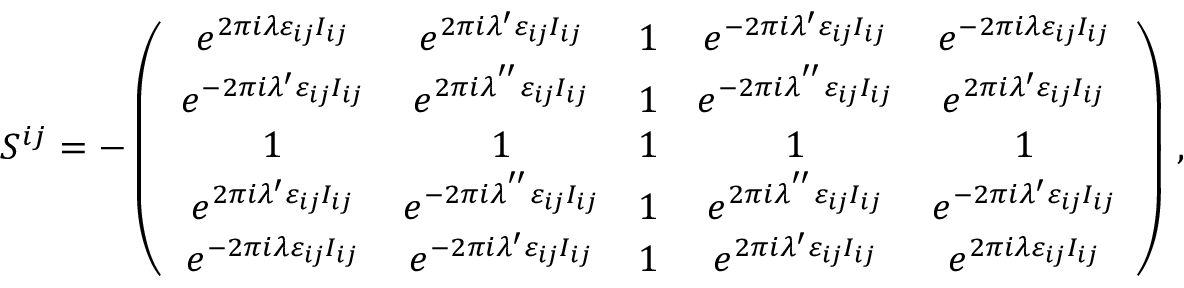
S ^ { i j } = - \left( \begin{array} { c c c c c } { { e ^ { 2 \pi i \lambda \varepsilon _ { i j } I _ { i j } } } } & { { e ^ { 2 \pi i \lambda ^ { \prime } \varepsilon _ { i j } I _ { i j } } } } & { { 1 } } & { { e ^ { - 2 \pi i \lambda ^ { \prime } \varepsilon _ { i j } I _ { i j } } } } & { { e ^ { - 2 \pi i \lambda \varepsilon _ { i j } I _ { i j } } } } \\ { { e ^ { - 2 \pi i \lambda ^ { \prime } \varepsilon _ { i j } I _ { i j } } } } & { { e ^ { 2 \pi i \lambda ^ { ^ { \prime \prime } } \varepsilon _ { i j } I _ { i j } } } } & { { 1 } } & { { e ^ { - 2 \pi i \lambda ^ { ^ { \prime \prime } } \varepsilon _ { i j } I _ { i j } } } } & { { e ^ { 2 \pi i \lambda ^ { \prime } \varepsilon _ { i j } I _ { i j } } } } \\ { { 1 } } & { { 1 } } & { { 1 } } & { { 1 } } & { { 1 } } \\ { { e ^ { 2 \pi i \lambda ^ { \prime } \varepsilon _ { i j } I _ { i j } } } } & { { e ^ { - 2 \pi i \lambda ^ { ^ { \prime \prime } } \varepsilon _ { i j } I _ { i j } } } } & { { 1 } } & { { e ^ { 2 \pi i \lambda ^ { ^ { \prime \prime } } \varepsilon _ { i j } I _ { i j } } } } & { { e ^ { - 2 \pi i \lambda ^ { \prime } \varepsilon _ { i j } I _ { i j } } } } \\ { { e ^ { - 2 \pi i \lambda \varepsilon _ { i j } I _ { i j } } } } & { { e ^ { - 2 \pi i \lambda ^ { \prime } \varepsilon _ { i j } I _ { i j } } } } & { { 1 } } & { { e ^ { 2 \pi i \lambda ^ { \prime } \varepsilon _ { i j } I _ { i j } } } } & { { e ^ { 2 \pi i \lambda \varepsilon _ { i j } I _ { i j } } } } \end{array} \right) \, ,